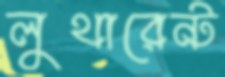
লুথারেন্ট